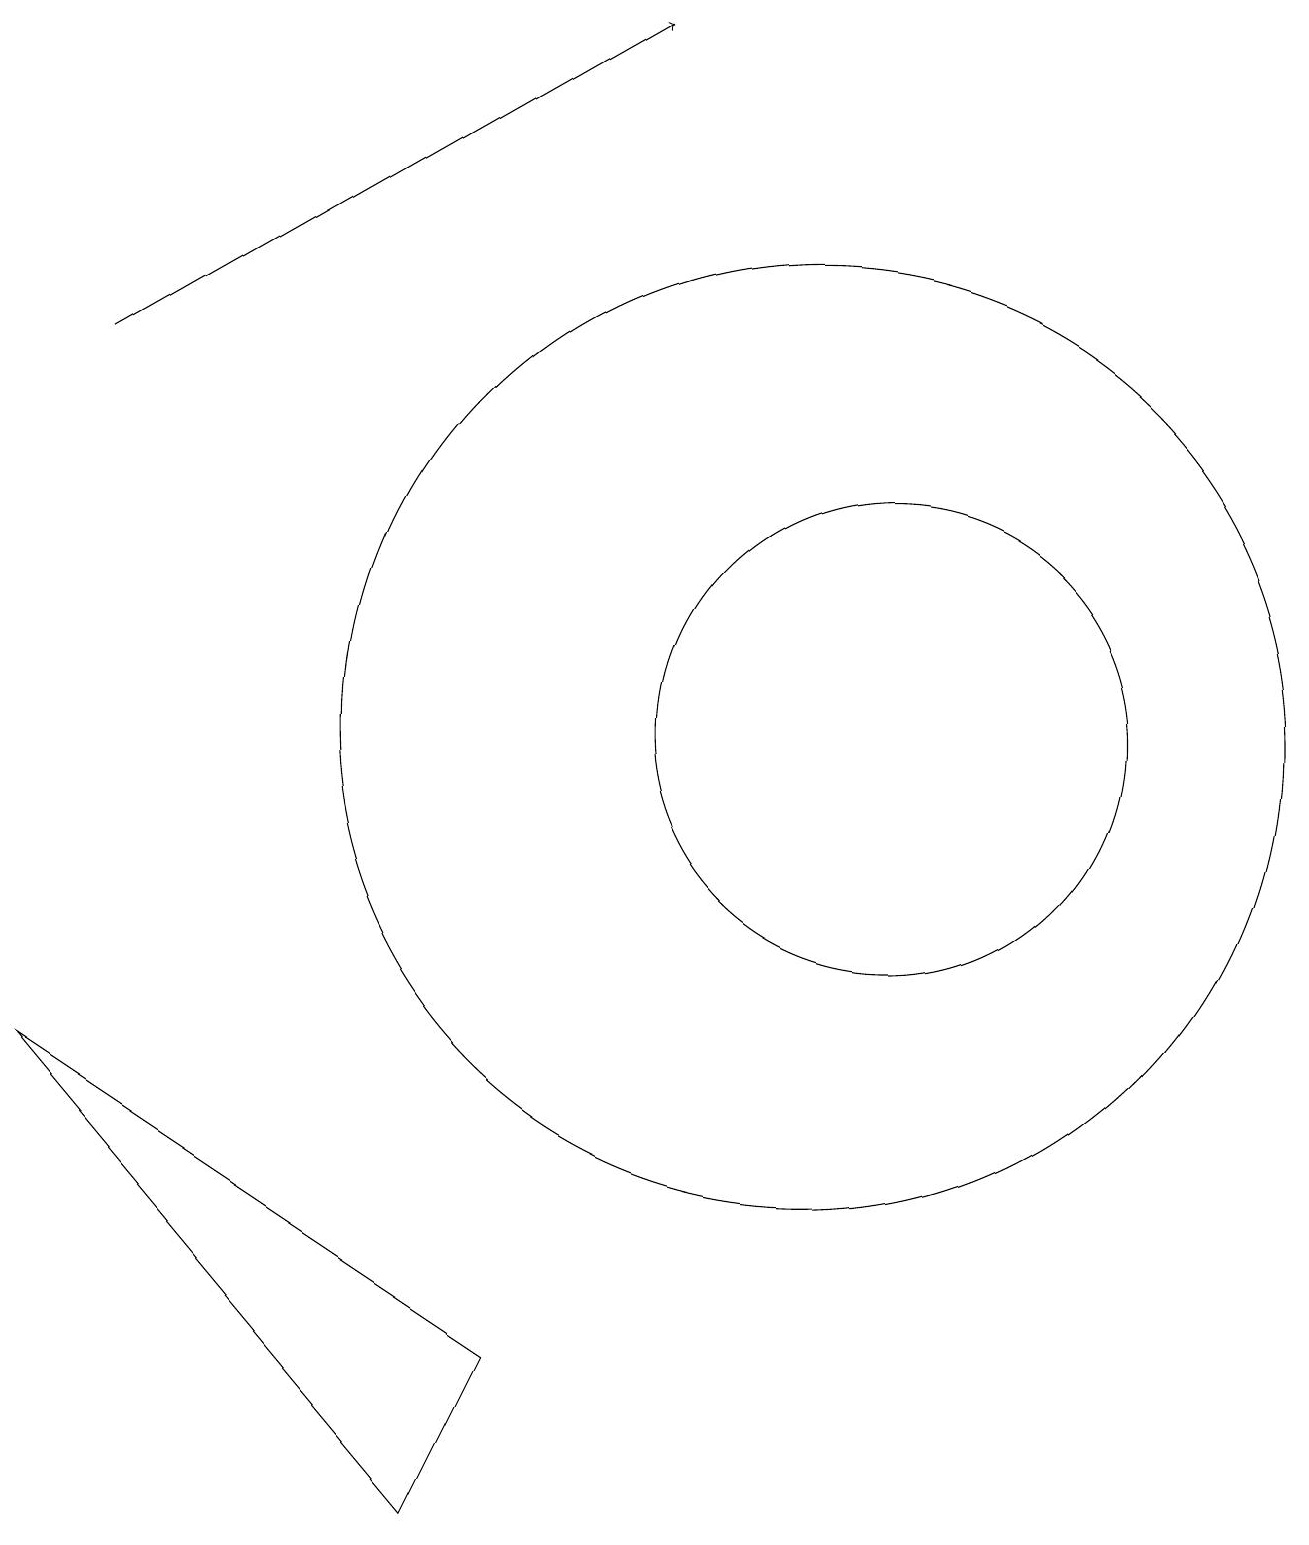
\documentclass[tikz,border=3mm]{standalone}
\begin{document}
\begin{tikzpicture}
\draw (11,10) circle (3);
\draw[->] (1,15) -- (8,19);
\draw (0,6) -- (5,0) -- (6,2) -- cycle;
\draw (10,10) circle (6);
\draw (12,10) circle (0);
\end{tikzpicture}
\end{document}